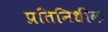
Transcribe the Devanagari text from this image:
प्रतिनिधीक